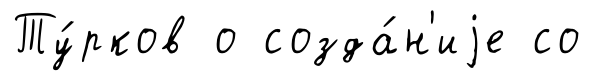
Ту́рков о созда́н'иjе со